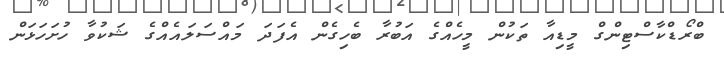
ބްރޯޑްކާސްޓިންގް މީޑިއާ ތަކުން މީހެއްގެ އަބުރާ ބެހިގެން އެފަދަ މައްސަލައެއްގެ ޝަކުވާ ހުށަހަޅަން